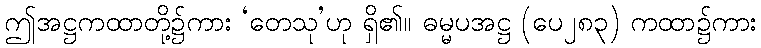
ဤအဋ္ဌကထာတို့၌ကား ‘တေသု’ဟု ရှိ၏။ ဓမ္မပအဋ္ဌ (ပေ၂၈၃) ကထာ၌ကား